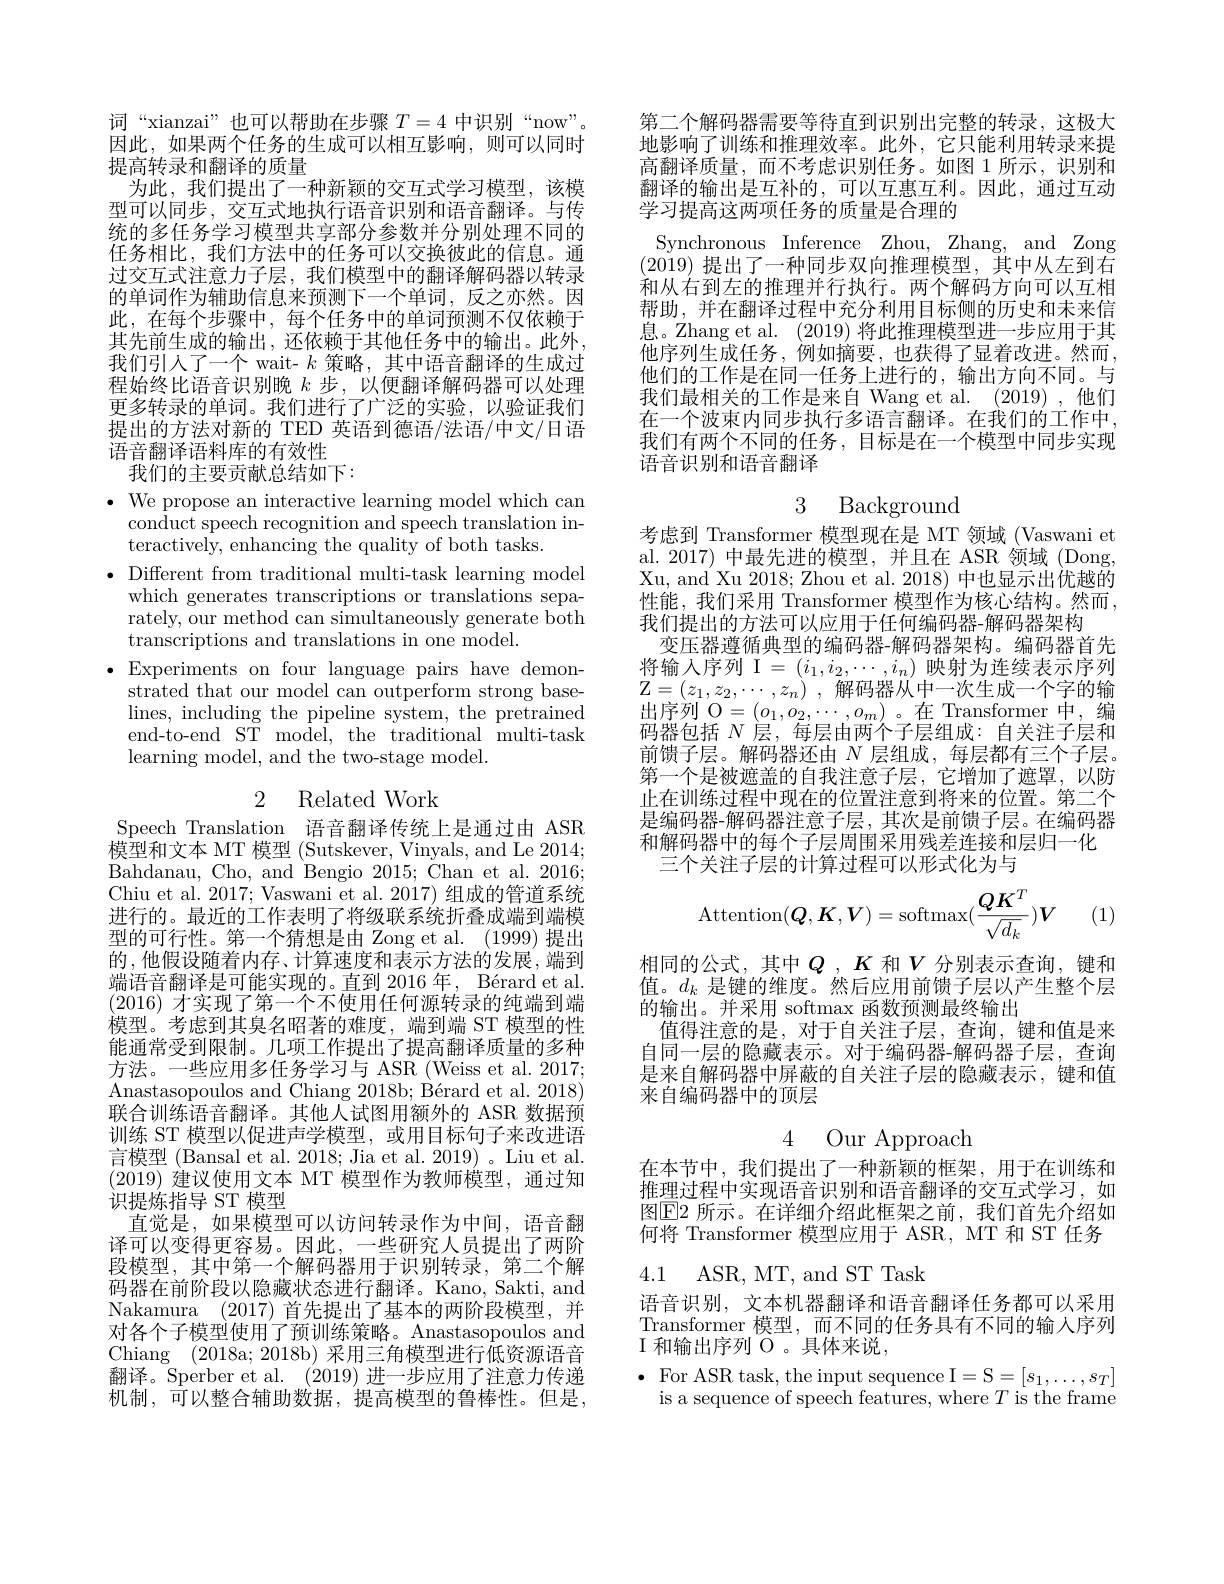
词“xianzai”也可以帮助在步骤$T=4$中识别“now”。因此，如果两个任务的生成可以相互影响，则可以同时提高转录和翻译的质量
为此，我们提出了一种新颖的交互式学习模型，该模型可以同步，交互式地执行语音识别和语音翻译。与传统的多任务学习模型共享部分参数并分别处理不同的任务相比，我们方法中的任务可以交换彼此的信息。通过交互式注意力子层，我们模型中的翻译解码器以转录的单词作为辅助信息来预测下一个单词，反之亦然。因此，在每个步骤中，每个任务中的单词预测不仅依赖于其先前生成的输出，还依赖于其他任务中的输出。此外， 我们引人了一个 wait- $k$策略，其中语音翻译的生成过程始终比语音识别晚$k$步，以便翻译解码器可以处理更多转录的单词。我们进行了广泛的实验，以验证我们提出的方法对新的 TED 英语到德语/法语/中文/日语语音翻译语料库的有效性
我们的主要贡献总结如下：

$\cdot$ We propose an interactive learning model which can
conduct speech recognition and speech translation in-
teractively, enhancing the quality of both tasks.
$\bullet$ Different from traditional multi-task learning model
which generates transcriptions or translations separately, our method can simultaneously generate both transcriptions and translations in one model.
$\bullet$ Experiments on four language pairs have demon-
strated that our model can outperform strong baselines, including the pipeline system, the pretrained end-to-end ST model, the traditional multi-task learning model, and the two-stage model.

# 2 Related Work

Speech Translation 语音翻译传统上是通过由 ASR $\dot{\text{模型和文本 MT 模型 (Sutskever, Vinyals, and Le 2014;}}$ Bahdanau, Cho, and Bengio 2015; Chan et al. 20163 Chiu et al. 2017; Vaswani et al. 2017) 组成的管道系统进行的。最近的工作表明了将级联系统折叠成端到端模型的可行性。第一个猜想是由 Zong et al. (1999) 提出的，他假设随着内存、计算速度和表示方法的发展，端到端语音翻译是可能实现的。直到 2016 年，Bérard et al. (2016)才实现了第一个不使用任何源转录的纯端到端模型。考虑到其臭名昭著的难度，端到端 ST 模型的性能通常受到限制。几项工作提出了提高翻译质量的多种方法。一些应用多任务学习与 ASR (Weiss et al. 2017; Anastasopoulos and Chiang 2018b; Bérard et al. 2018) 联合训练语音翻译。其他人试图用额外的 ASR 数据预训练 ST 模型以促进声学模型，或用目标句子来改进语言模型 (Bansal et al. 2018; Jia et al. 2019) 。Liu et al. (2019)建议使用文本 MT 模型作为教师模型，通过知识提炼指导 ST 模型
直觉是，如果模型可以访问转录作为中间，语音翻译可以变得更容易。因此，一些研究人员提出了两阶段模型，其中第一个解码器用于识别转录，第二个解码器在前阶段以隐藏状态进行翻译。Kano, Sakti, and Nakamura (2017)首先提出了基本的两阶段模型，并对各个子模型使用了预训练策略。Anastasopoulos and Chiang (2018a;2018b)采用三角模型进行低资源语音翻译。Sperber et al. (2019)进一步应用了注意力传递机制，可以整合辅助数据，提高模型的鲁棒性。但是，

第二个解码器需要等待直到识别出完整的转录，这极大地影响了训练和推理效率。此外，它只能利用转录来提高翻译质量，而不考虑识别任务。如图 1 所示，识别和翻译的输出是互补的，可以互惠互利。因此，通过互动学习提高这两项任务的质量是合理的
Synchronous Inference Zhou, Zhang, and Zong (2019)提出了一种同步双向推理模型，其中从左到右和从右到左的推理并行执行。两个解码方向可以互相帮助，并在翻译过程中充分利用目标侧的历史和未来信息。Zhang et al. (2019) 将此推理模型进一步应用于其他序列生成任务，例如摘要，也获得了显着改进。然而， 他们的工作是在同一任务上进行的，输出方向不同。与我们最相关的工作是来自 Wang et al. (2019),他们在一个波束内同步执行多语言翻译。在我们的工作中我们有两个不同的任务，目标是在一个模型中同步实现语音识别和语音翻译

3 Background

考虑到 Transformer 模型现在是 MT 领域 (Vaswani et al. 2017) 中最先进的模型，并且在 ASR 领域 (Dong, Xu, and Xu 2018; Zhou et al. 2018) 中也显示出优越的性能，我们采用 Transformer 模型作为核心结构。然而， 我们提出的方法可以应用于任何编码器-解码器架构
变压器遵循典型的编码器-解码器架构。编码器首先将输入序列 I $=(i_1,i_2,\cdots,i_n)$映射为连续表示序列$\mathbb{Z} = ( z_1, z_2, \cdots , z_n)$ ,解码器从中一次生成一个字的输出序列 O$=(o_1,o_2,\cdots,o_m)$。在 Transformer 中，编码器包括$N$层，每层由两个子层组成：自关注子层和前馈子层。解码器还由$N$层组成，每层都有三个子层。第一个是被遮盖的自我注意子层，它增加了遮罩，以防止在训练过程中现在的位置注意到将来的位置。第二个是编码器-解码器注意子层，其次是前馈子层。在编码器和解码器中的每个子层周围采用残差连接和层归一化
三个关注子层的计算过程可以形式化为与
$$\mathrm{Attention}(Q,K,V)=\mathrm{softmax}(\frac{QK^T}{\sqrt{d_k}})V$$
(1)

相同的公式，其中$Q$ ,$K$ 和$V$ 分别表示查询，键和值。$d_k$是键的维度。然后应用前馈子层以产生整个层的输出。并采用 softmax 函数预测最终输出
值得注意的是，对于自关注子层，查询，键和值是来自同一层的隐藏表示。对于编码器-解码器子层，查询是来自解码器中屏蔽的自关注子层的隐藏表示，键和值来自编码器中的顶层

在本节中，我们提出了一种新颖的框架，用于在训练和推理过程中实现语音识别和语音翻译的交互式学习，如图$\boxed{\mathrm{E}}$2 所示。在详细介绍此框架之前，我们首先介绍如何将 Transformer 模型应用于 ASR, MT 和 ST 任务

4.1 ASR, MT, and ST Task

语音识别，文本机器翻译和语音翻译任务都可以采用Transformer 模型，而不同的任务具有不同的输人序列$\mathscr{I}$ 和输出序列 O 。具体来说，
$\bullet$ For ASR task, the input sequence I=S$=[s_1,\ldots,s_T]$
is a sequence of speech features, where $T$ is the frame